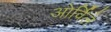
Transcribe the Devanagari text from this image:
ओर्विले